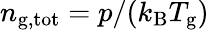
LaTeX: n_{\mathrm{g,tot}}=p/(k_{\mathrm{B}}T_{\mathrm{g}})